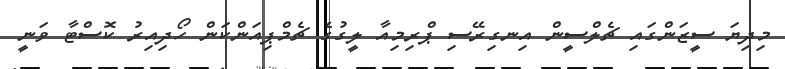
މިދިޔަ ސީޒަަންގައި ޗެލްސީން އިނގިރޭސި ޕްރިމިއާ ލީގުގެ ޗެމްޕިއަންކަން ހޯދިއިރު ކޮސްޓާ ވަނީ